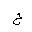
Letter: _ha